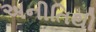
અનીતિથી